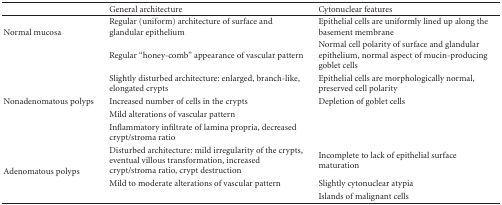
<table><thead><tr><td></td><td><b>General architecture</b></td><td><b>Cytonuclear features</b></td></tr></thead><tbody><tr><td rowspan="2">Normal mucosa</td><td>Regular (uniform) architecture of surface and glandular epithelium</td><td>Epithelial cells are uniformly lined up along the basement membrane</td></tr><tr><td>Regular “honey-comb” appearance of vascular pattern</td><td>Normal cell polarity of surface and glandular epithelium, normal aspect of mucin-producing goblet cells</td></tr><tr><td rowspan="4">Nonadenomatous polyps</td><td>Slightly disturbed architecture: enlarged, branch-like, elongated crypts</td><td>Epithelial cells are morphologically normal, preserved cell polarity</td></tr><tr><td>Increased number of cells in the crypts</td><td>Depletion of goblet cells</td></tr><tr><td>Mild alterations of vascular pattern</td><td></td></tr><tr><td>Inflammatory infiltrate of lamina propria, decreased crypt/stroma ratio</td><td></td></tr><tr><td rowspan="3">Adenomatous polyps</td><td>Disturbed architecture: mild irregularity of the crypts, eventual villous transformation, increased crypt/stroma ratio, crypt destruction</td><td>Incomplete to lack of epithelial surface maturation</td></tr><tr><td>Mild to moderate alterations of vascular pattern</td><td>Slightly cytonuclear atypia</td></tr><tr><td></td><td>Islands of malignant cells</td></tr></tbody></table>